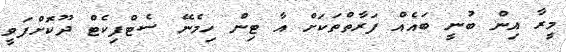
މީރާ އިން ބުނީ ބައެއް ފަރާތްތަކަށް އާ ޓިން ހިމެނޭ ސެޓްފިކެޓް ދޫކޮށްފަވީ